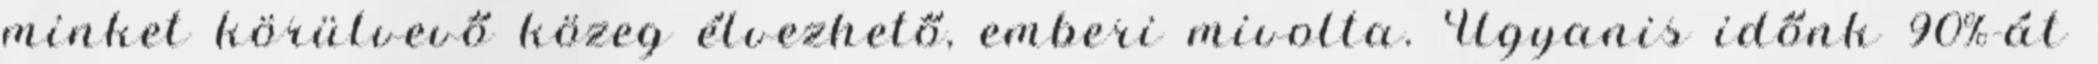
minket körülvevő közeg élvezhető, emberi mivolta. Ugyanis időnk 90%-át